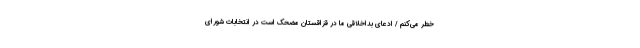
خطر می‌کنم / ادعای بداخلاقی ما در قزاقستان مضحک است در انتخابات شورای